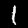
Digit: 1